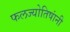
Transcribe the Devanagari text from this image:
फलज्योतिषांनी